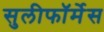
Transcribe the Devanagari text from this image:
सुलीफॉर्मेस